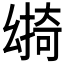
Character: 𢇎